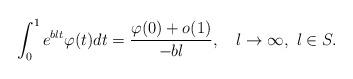
LaTeX: \begin{align*} \int_0^1 e^{b\l t} \varphi(t) dt = \frac{\varphi(0)+o(1)}{-b\l}, \quad\l \to \infty,\ \l \in S.\end{align*}